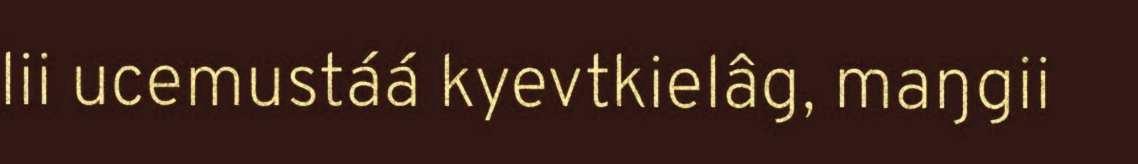
lii ucemustáá kyevtkielâg, maŋgii